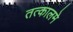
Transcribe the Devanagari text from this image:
तत्कालमे